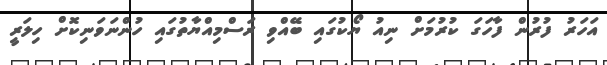
އަހަރު ފުރުން ފާހަގަ ކުރުމަށް ނިއު ޔޯކުގައި ބޭއްވި ރަސްމިއްޔާތުގައި ހުންނަވަނިކޮށް ހިލަރީ